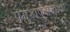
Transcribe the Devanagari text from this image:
प्रमुखपदाखाली